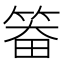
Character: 𮵵